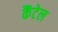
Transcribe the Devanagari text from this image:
कैंटेल